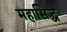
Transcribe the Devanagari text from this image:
महासिद्ध